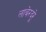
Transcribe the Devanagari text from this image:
लाबेरदूरे